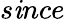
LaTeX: s\mathit{i}nce